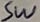
Text: SW